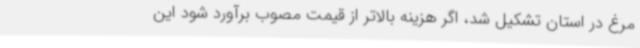
مرغ در استان تشکیل شد، اگر هزینه بالاتر از قیمت مصوب برآورد شود این